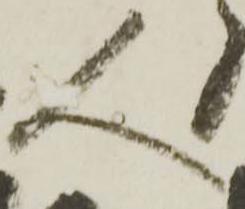
人